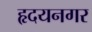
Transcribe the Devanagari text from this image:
हृदयनगर